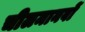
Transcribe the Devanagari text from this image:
चीलमानवों